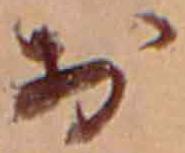
お